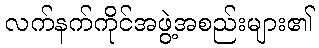
လက်နက်ကိုင်အဖွဲ့အစည်းများ၏